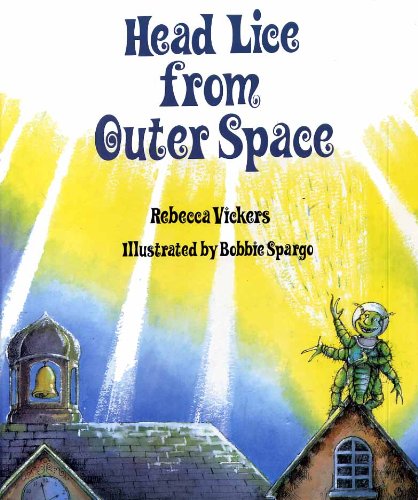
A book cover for Head Lice from Outer Space; Rebecca Vickers; Health, Fitness & Dieting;